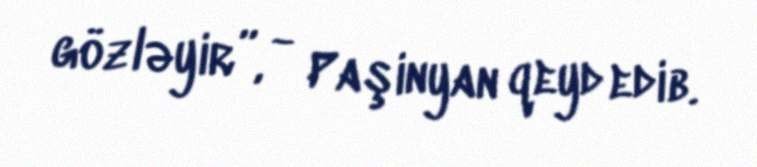
gözləyir”, - Paşinyan qeyd edib.